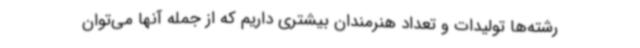
رشته‌ها تولیدات و تعداد هنرمندان بیشتری داریم که از جمله آنها می‌توان